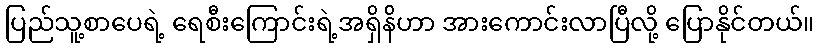
ပြည်သူ့စာပေရဲ့ ရေစီးကြောင်းရဲ့အရှိန်ိဟာ အားကောင်းလာပြီလို့ ပြောနိုင်တယ်။